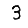
Digit: 3